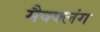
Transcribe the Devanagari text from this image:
मैक्क्लंग